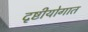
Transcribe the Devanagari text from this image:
दृष्टीयोगात